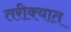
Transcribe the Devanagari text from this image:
तरीक्यात